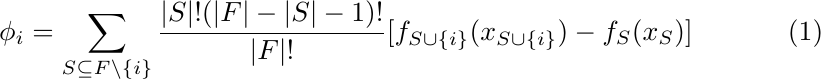
\begin{equation}
\phi_i = \sum_{S \subseteq F \setminus \{i\}}  \frac{\vert S \vert ! (\vert F \vert - \vert S \vert - 1)!}{\vert F \vert !}
    [f_{S \cup \{i\}} (x_{S \cup \{i\}}) - f_S(x_S)]
\end{equation}